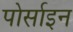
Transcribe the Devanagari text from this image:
पोर्साइन